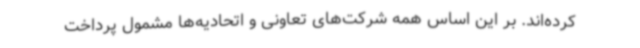
کرده‌اند. بر این اساس همه شرکت‌های تعاونی و اتحادیه‌ها مشمول پرداخت